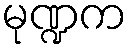
မုဏ္ဍက